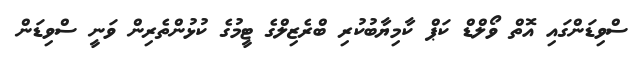
ސްވިޑަންގައި އޮތް ވޯލްޑް ކަޕް ކާމިޔާބުކުރި ބްރެޒިލްގެ ޓީމުގެ ކުޅުންތެރިން ވަނީ ސްވިޑަން